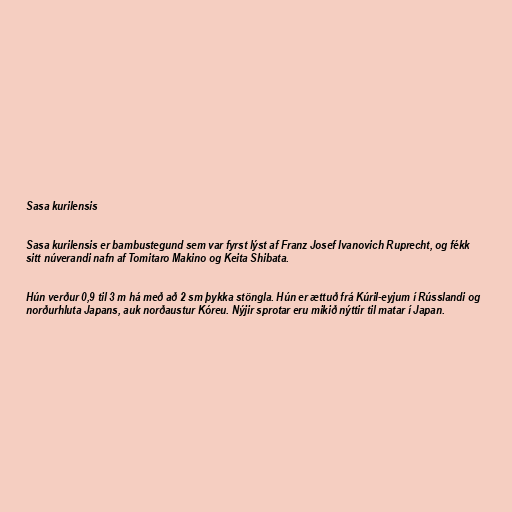
Sasa kurilensis

Sasa kurilensis er bambustegund sem var fyrst lýst af Franz Josef Ivanovich Ruprecht, og fékk
sitt núverandi nafn af Tomitaro Makino og Keita Shibata.

Hún verður 0,9 til 3 m há með að 2 sm þykka stöngla. Hún er ættuð frá Kúril-eyjum í Rússlandi og
norðurhluta Japans, auk norðaustur Kóreu. Nýjir sprotar eru mikið nýttir til matar í Japan.